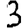
Digit: 3